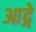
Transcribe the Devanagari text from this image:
आद्गे